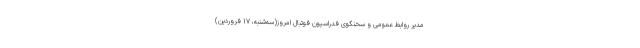
مدیر روابط عمومی و سخنگوی فدراسیون فوتبال امروز(سه‌شنبه، ۱۷ فروردین)